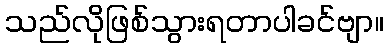
သည်လိုဖြစ်သွားရတာပါခင်ဗျာ။